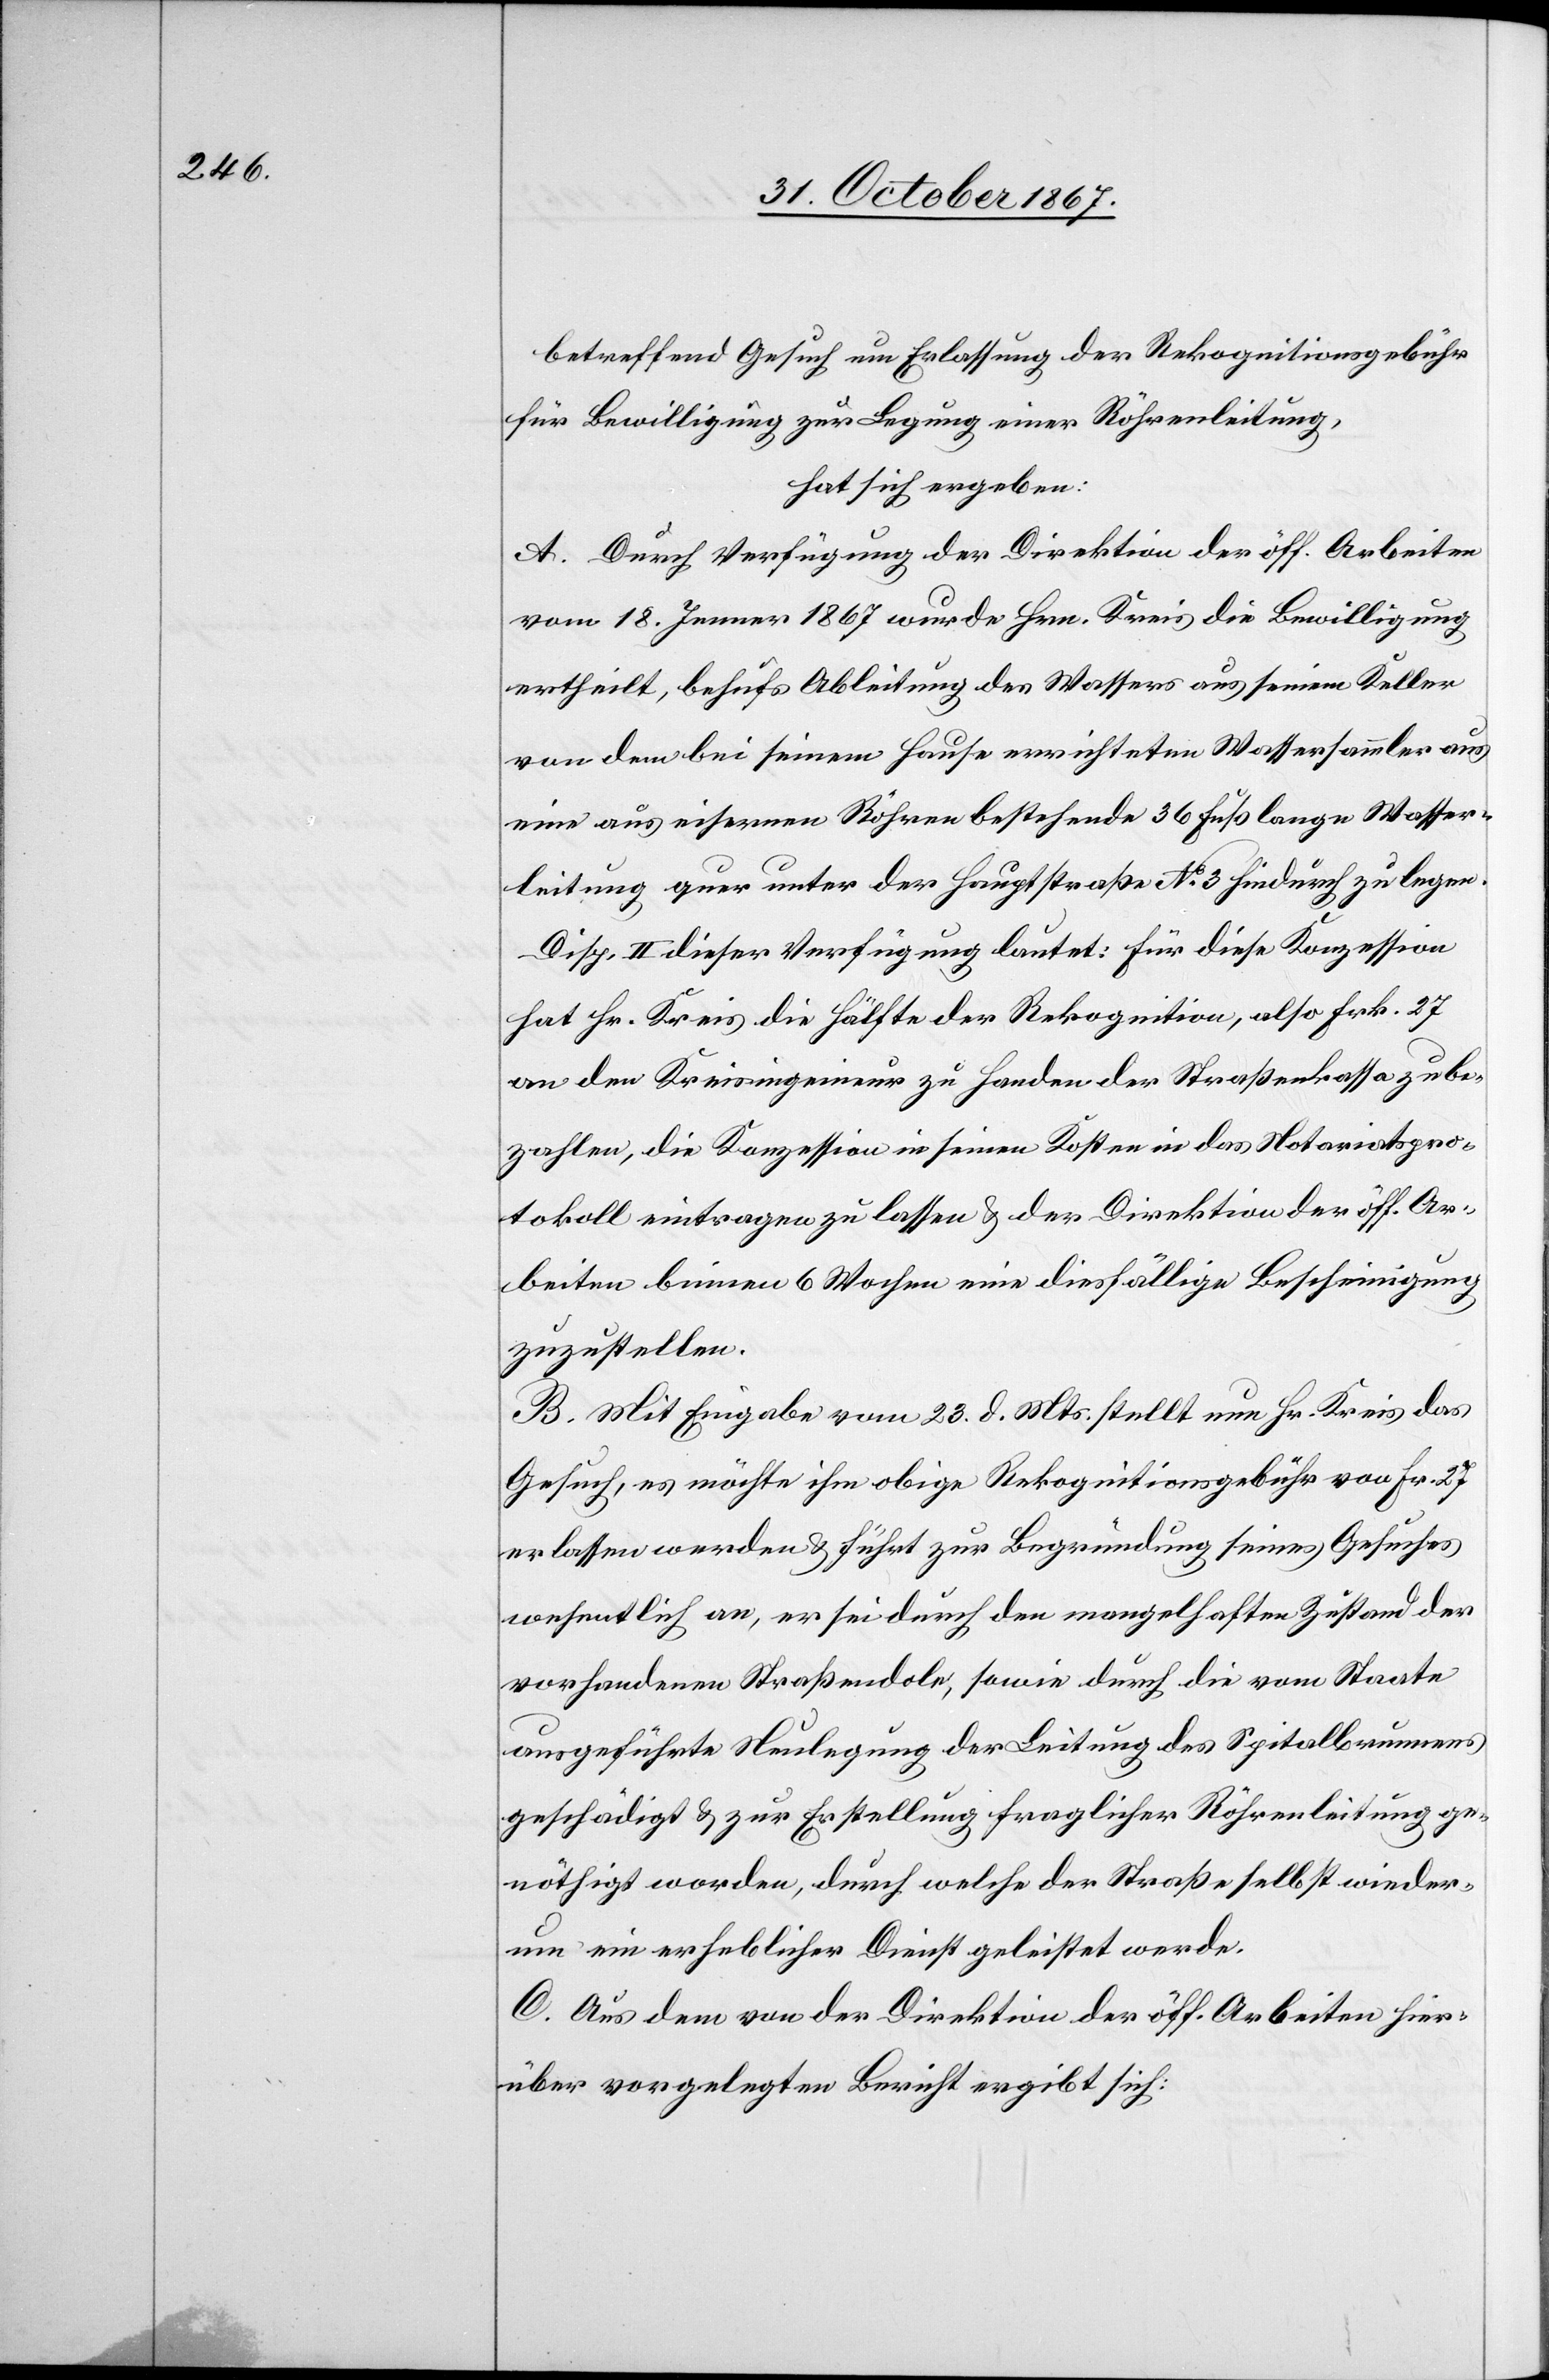
betreffend Gesuch um Erlassung der Rekognitionsgebühr
für Bewilligung zur Legung einer Röhrenleitung,
hat sich ergeben:
A. Durch Verfügung der Direktion der öff. Arbeiten
vom 18. Jenner 1867 wurde Hrn. Kreis die Bewilligung
ertheilt, behufs Ableitung des Wassers aus seinem Keller
von dem bei seinem Hause errichteten Wassersammler aus
eine aus eisernen Röhren bestehende 36 Fuß lange Wasser¬
leitung quer unter der Hauptstraße No 3 hindurch zu legen.
Disp. II dieser Verfügung lautet: Für diese Konzession
hat Hr. Kreis die Hälfte der Rekognition, also Frk. 27
an den Kreisingenieur zu Handen der Straßenkasse zu be¬
zahlen, die Konzession in seinen Kosten in das Notariatspro¬
tokoll eintragen zu lassen u. der Direktion der öff. Ar¬
beiten binnen 6 Wochen eine diesfällige Bescheinigung
zuzustellen.
B. Mit Eingabe vom 23. d. Mts. stellt nun Hr. Kreis das
Gesuch, es möchte ihm obige Rekognitionsgebühr von Fr. 27
erlassen werden u. führt zur Begründung seines Gesuches
wesentlich an, er sei durch den mangelhaften Zustand der
vorhandenen Straßendole, sowie durch die vom Staate
ausgeführte Neulegung der Leitung des Spitalbrunnens
geschädigt u. zur Erstellung fraglicher Röhrenleitung ge¬
nöthigt worden, durch welche der Straße selbst wieder¬
um ein erheblicher Dienst geleistet werde.
C. Aus dem von der Direktion der öff. Arbeiten hier¬
über vorgelegten Bericht ergibt sich: